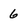
Character: 6